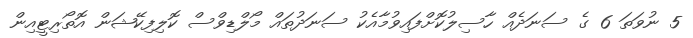
5 ނުވަތަ 6 ގެ ސަނަދެއް ހާސިލުކޮށްފައިވުމާއެކު ސަނަދުތައް މޯލްޑިވްސް ކޮލިފިކޭޝަން އޮތޯރިޓީއިން